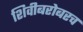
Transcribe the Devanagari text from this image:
शिवीबरोबरच